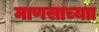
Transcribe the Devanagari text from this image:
माणसाच्याा